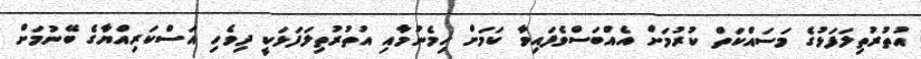
އުތުރުތިލަފަޅުގެ މަސައްކަތް ކުރުމަށް އެއްބަސްވެފައިވާ ކަަމަށް ހިމެނުމާއި އުތުރުތިލަފަޅަކީ ދިވެހި އަސްކަރިއްޔާގެ ބޭނުމަށް